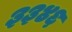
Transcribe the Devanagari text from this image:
३३४६